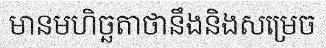
មានមហិច្ឆតាថានឹងនិងសម្រេច